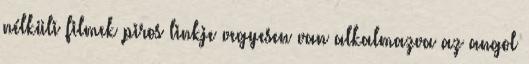
nélküli filmek piros linkje vegyesen van alkalmazva az angol